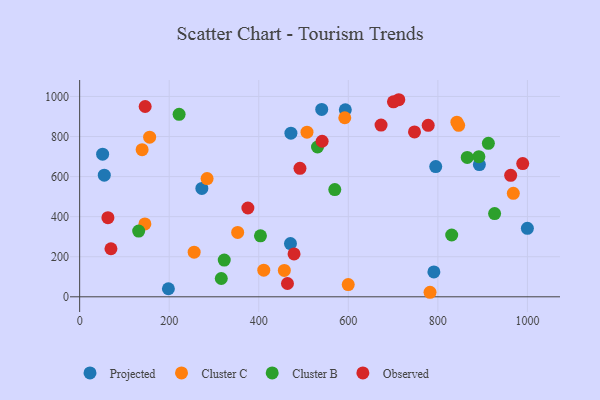
{"axis": {"x": "Engine Size", "y": "Demand"}, "legend": ["Cluster B", "Cluster C", "Observed", "Projected"], "data": [{"x": "892.7", "y": 660.2, "type": "Projected"}, {"x": "593.3", "y": 933.1, "type": "Projected"}, {"x": "470.8", "y": 265.9, "type": "Projected"}, {"x": "471.8", "y": 816.6, "type": "Projected"}, {"x": "198.2", "y": 40.1, "type": "Projected"}, {"x": "51.3", "y": 712.1, "type": "Projected"}, {"x": "272.9", "y": 540.8, "type": "Projected"}, {"x": "795.2", "y": 650.1, "type": "Projected"}, {"x": "55.0", "y": 606.9, "type": "Projected"}, {"x": "791.1", "y": 124.2, "type": "Projected"}, {"x": "999.9", "y": 341.6, "type": "Projected"}, {"x": "540.6", "y": 935.5, "type": "Projected"}, {"x": "846.4", "y": 856.0, "type": "Cluster C"}, {"x": "592.1", "y": 893.7, "type": "Cluster C"}, {"x": "139.5", "y": 734.2, "type": "Cluster C"}, {"x": "156.3", "y": 797.0, "type": "Cluster C"}, {"x": "599.8", "y": 61.1, "type": "Cluster C"}, {"x": "457.1", "y": 131.9, "type": "Cluster C"}, {"x": "842.5", "y": 871.7, "type": "Cluster C"}, {"x": "255.7", "y": 222.7, "type": "Cluster C"}, {"x": "352.9", "y": 321.3, "type": "Cluster C"}, {"x": "968.5", "y": 516.6, "type": "Cluster C"}, {"x": "411.2", "y": 133.1, "type": "Cluster C"}, {"x": "145.7", "y": 363.7, "type": "Cluster C"}, {"x": "507.7", "y": 821.6, "type": "Cluster C"}, {"x": "782.5", "y": 22.6, "type": "Cluster C"}, {"x": "284.6", "y": 590.0, "type": "Cluster C"}, {"x": "569.8", "y": 535.2, "type": "Cluster B"}, {"x": "222.1", "y": 911.0, "type": "Cluster B"}, {"x": "865.6", "y": 695.8, "type": "Cluster B"}, {"x": "891.6", "y": 699.5, "type": "Cluster B"}, {"x": "531.2", "y": 747.8, "type": "Cluster B"}, {"x": "131.8", "y": 328.0, "type": "Cluster B"}, {"x": "316.3", "y": 91.4, "type": "Cluster B"}, {"x": "926.7", "y": 415.6, "type": "Cluster B"}, {"x": "322.9", "y": 183.5, "type": "Cluster B"}, {"x": "403.8", "y": 304.5, "type": "Cluster B"}, {"x": "830.9", "y": 308.6, "type": "Cluster B"}, {"x": "912.8", "y": 766.0, "type": "Cluster B"}, {"x": "375.7", "y": 443.3, "type": "Observed"}, {"x": "492.0", "y": 641.5, "type": "Observed"}, {"x": "146.3", "y": 949.9, "type": "Observed"}, {"x": "747.8", "y": 823.2, "type": "Observed"}, {"x": "778.4", "y": 855.7, "type": "Observed"}, {"x": "478.8", "y": 213.9, "type": "Observed"}, {"x": "712.7", "y": 983.7, "type": "Observed"}, {"x": "700.8", "y": 973.1, "type": "Observed"}, {"x": "464.1", "y": 66.4, "type": "Observed"}, {"x": "541.5", "y": 776.5, "type": "Observed"}, {"x": "69.9", "y": 239.9, "type": "Observed"}, {"x": "962.6", "y": 606.1, "type": "Observed"}, {"x": "63.1", "y": 394.9, "type": "Observed"}, {"x": "673.1", "y": 857.3, "type": "Observed"}, {"x": "989.5", "y": 665.2, "type": "Observed"}]}